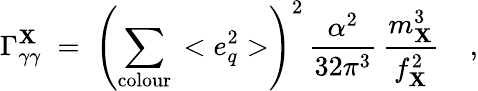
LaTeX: \Gamma_{\gamma\gamma}^{\mathbf{X}}\; =\; \left(\sum_{\mathrm{{colour}}}\, <e_{q}^{2}>\right)^{2}\, \frac{{\alpha^{2}}}{{32\pi^{3}}}\, \frac{{m_{\mathbf{X}}^{3}}}{{f_{\mathbf{X}}^{2}}}\; \; \; \ ,